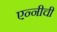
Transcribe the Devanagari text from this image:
एन्नीची